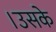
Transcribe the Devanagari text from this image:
।उसके